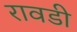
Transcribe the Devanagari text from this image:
रावडी